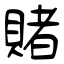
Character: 賭